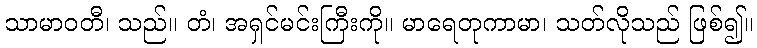
သာမာဝတီ၊ သည်။ တံ၊ အရှင်မင်းကြီးကို။ မာရေတုကာမာ၊ သတ်လိုသည် ဖြစ်၍။